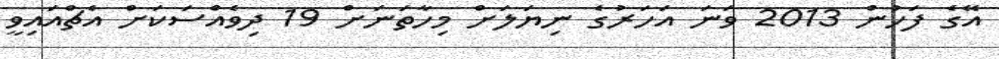
އޭގެ ފަހުން 2013 ވަނަ އަހަރުގެ ނިޔަލަށް މިހާތަނަށް 19 ދިވެއްސަކަށް އެޗްއައިވީ